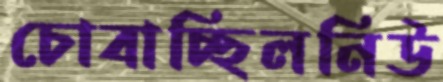
চোবাচ্ছিলনিউ